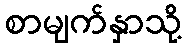
စာမျက်နှာသို့